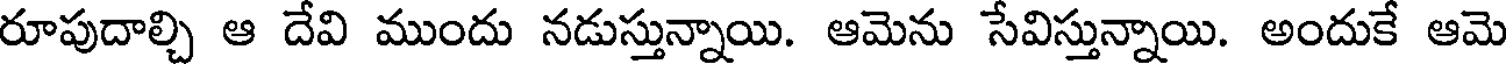
రూపుదాల్చి ఆ దేవి ముందు నడుస్తున్నాయి. ఆమెను సేవిస్తున్నాయి. అందుకే ఆమె